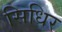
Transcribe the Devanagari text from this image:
सिधिर